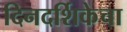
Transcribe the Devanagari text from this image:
दिनदर्शिकेचा